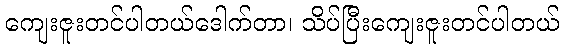
ကျေးဇူးတင်ပါတယ်ဒေါက်တာ၊ သိပ်ပြီးကျေးဇူးတင်ပါတယ်